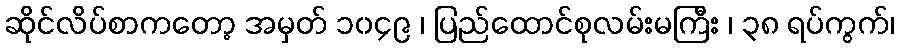
ဆိုင်လိပ်စာကတော့ အမှတ် ၁၀၄၉ ၊ ပြည်ထောင်စုလမ်းမကြီး ၊ ၃၈ ရပ်ကွက်၊